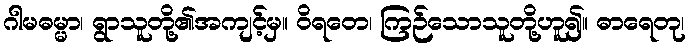
ဂါမဓမ္မာ၊ ရွာသူတို့၏အကျင့်မှ။ ဝိရတေ၊ ကြဉ်သောသူတို့ဟူ၍။ ဓာရေတု၊